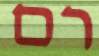
רם